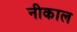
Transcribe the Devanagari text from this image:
नीकाल